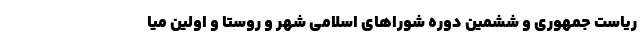
ریاست جمهوری و ششمین دوره شورا‌های اسلامی شهر و روستا و اولین میا